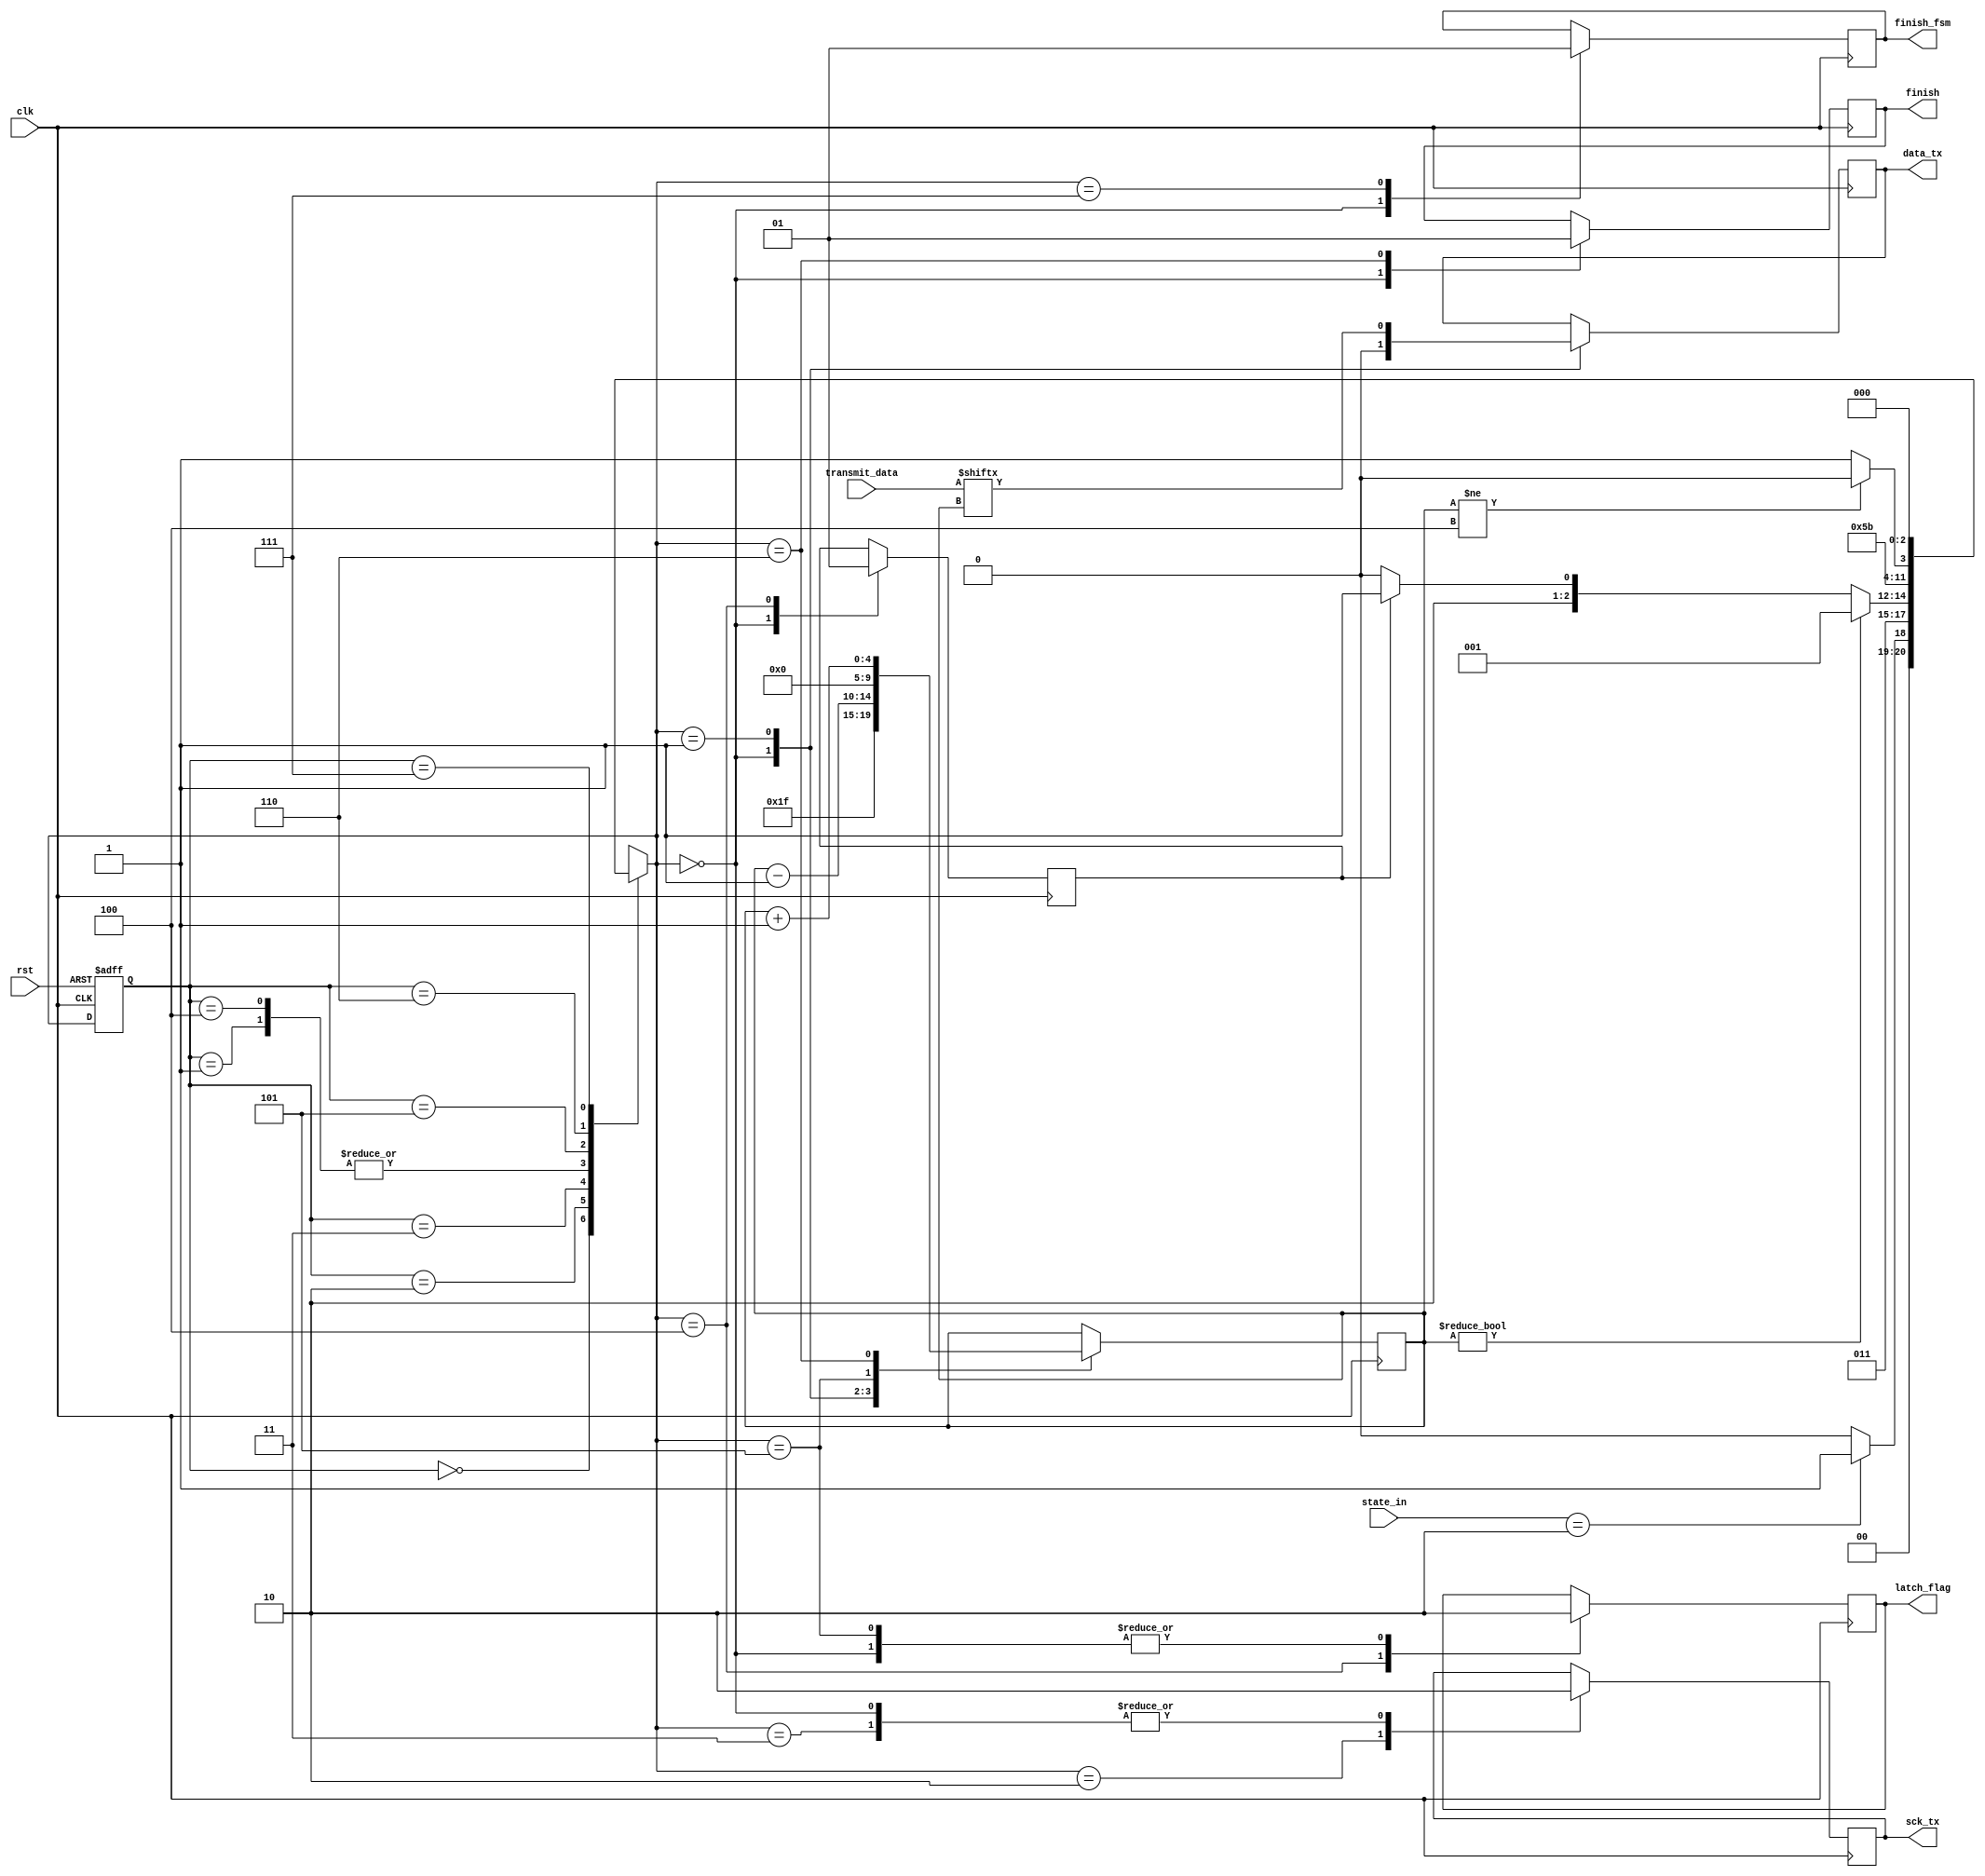
module tx_fsm
#(
	parameter DATA_WIDTH_BASE = 5
)
(
	input [1:0] state_in,
	input clk,
	input rst,
	input [2 ** DATA_WIDTH_BASE - 1:0] transmit_data,
	output reg sck_tx,
	output reg data_tx,
	output reg latch_flag,
	output reg finish,
	output reg finish_fsm
);

	localparam [2:0] FSM_IDLE = 0;
	localparam [2:0] FSM_SET_BIT = 1;
	localparam [2:0] FSM_SCK_TX_1 = 2;
	localparam [2:0] FSM_SCK_TX_0 = 3;
	localparam [2:0] FSM_LATCH_1 = 4;
	localparam [2:0] FSM_LATCH_0 = 5;
	localparam [2:0] FSM_FINISH = 6;
	localparam [2:0] FSM_END_PULSE = 7;
	
	reg [2:0] state;
	reg [2:0] next_state;
	
	reg send_end;
	reg [DATA_WIDTH_BASE - 1:0] cnt;
	
	
	// next state logic
	always@*
	case (state)
	FSM_IDLE:
		if (state_in == 2) next_state = FSM_SET_BIT;
		else next_state = FSM_IDLE;
	FSM_SET_BIT:
		next_state = FSM_SCK_TX_1;
	FSM_SCK_TX_1:
		next_state = FSM_SCK_TX_0;
	FSM_SCK_TX_0:
		if (cnt != 0) next_state = FSM_SET_BIT;
		else if (send_end) next_state = FSM_LATCH_0;
		else next_state = FSM_LATCH_1;
	FSM_LATCH_1:
		next_state = FSM_SCK_TX_1;
	FSM_LATCH_0:
		next_state = FSM_FINISH;
	FSM_FINISH:
		if (cnt != 4) next_state = FSM_FINISH;
		else next_state = FSM_END_PULSE;
	FSM_END_PULSE:
		next_state = FSM_IDLE;
	default:
		next_state = FSM_IDLE;
	endcase
	
	
	// output logic
	always@ (posedge clk) 
	case (next_state)
	FSM_IDLE:
	begin
		sck_tx <= 0;
		data_tx <= 0;
		latch_flag <= 0;
		send_end <= 0;
		cnt <= -1;
		finish <= 0;
		finish_fsm <= 0;
	end
	FSM_SET_BIT:
	begin
		data_tx <= transmit_data[cnt];
		cnt <= cnt - 1;
	end
	FSM_SCK_TX_1:
		sck_tx <= 1;
	FSM_SCK_TX_0:
		sck_tx <= 0;
	FSM_LATCH_1:
	begin
		latch_flag <= 1;
		send_end <= 1;
	end
	FSM_LATCH_0:
	begin
		latch_flag <= 0;
		cnt <= 0;
	end
	FSM_FINISH:
	begin
		finish <= 1;
		cnt <= cnt + 1;
	end
	FSM_END_PULSE:
		finish_fsm <= 1;
	default:
	begin
		sck_tx <= 0;
		data_tx <= 0;
		latch_flag <= 0;
		send_end <= 0;
		cnt <= -1;
		finish <= 0;
		finish_fsm <= 0;
	end
	endcase
	
	// state register
	always@(posedge clk or negedge rst)
	if (!rst)
		state <= FSM_IDLE;
	else
		state <= next_state;

endmodule